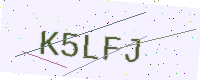
Text: K5LFJ